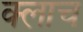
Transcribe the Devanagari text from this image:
क्लाच